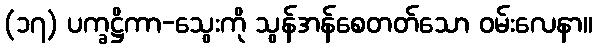
(၁၇) ပက္ခဋ္ဌိကာ-သွေးကို သွန်အန်စေတတ်သော ဝမ်းလေနာ။